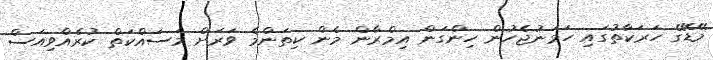
މޭޑޭގެ ހަރަކާތުގައި ހަމަނުޖެހުން ހިންގަން އިމްރާން މެން ކިތަންމެ ވަރަށް މަސައްކަތް ކުރެއްވިއަސް